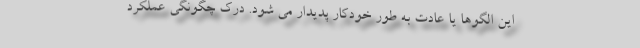
این الگوها یا عادت به طور خودکار پدیدار می شود. درک چگونگی عملکرد